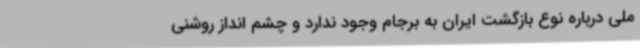
ملی درباره نوع بازگشت ایران به برجام وجود ندارد و چشم انداز روشنی